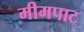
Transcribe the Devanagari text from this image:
मीमपाट